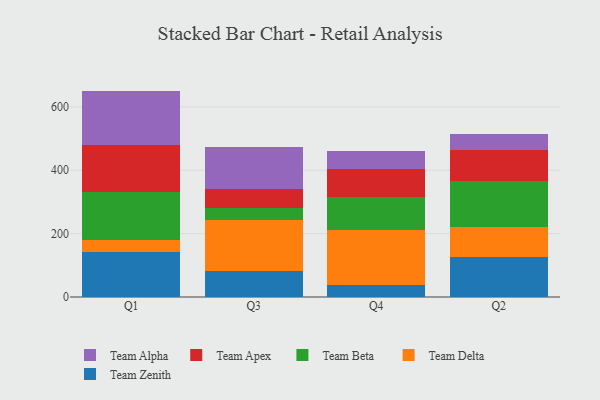
{"axis": {"x": "Quarter", "y": "Population (Million)"}, "legend": ["Team Alpha", "Team Apex", "Team Beta", "Team Delta", "Team Zenith"], "data": [{"x": "Q1", "y": 141.3, "type": "Team Zenith"}, {"x": "Q1", "y": 37.7, "type": "Team Delta"}, {"x": "Q1", "y": 151.5, "type": "Team Beta"}, {"x": "Q1", "y": 149.5, "type": "Team Apex"}, {"x": "Q1", "y": 170.8, "type": "Team Alpha"}, {"x": "Q3", "y": 82.0, "type": "Team Zenith"}, {"x": "Q3", "y": 160.8, "type": "Team Delta"}, {"x": "Q3", "y": 37.3, "type": "Team Beta"}, {"x": "Q3", "y": 59.3, "type": "Team Apex"}, {"x": "Q3", "y": 134.6, "type": "Team Alpha"}, {"x": "Q4", "y": 39.0, "type": "Team Zenith"}, {"x": "Q4", "y": 172.3, "type": "Team Delta"}, {"x": "Q4", "y": 102.9, "type": "Team Beta"}, {"x": "Q4", "y": 88.8, "type": "Team Apex"}, {"x": "Q4", "y": 57.4, "type": "Team Alpha"}, {"x": "Q2", "y": 125.5, "type": "Team Zenith"}, {"x": "Q2", "y": 95.3, "type": "Team Delta"}, {"x": "Q2", "y": 146.0, "type": "Team Beta"}, {"x": "Q2", "y": 97.0, "type": "Team Apex"}, {"x": "Q2", "y": 51.5, "type": "Team Alpha"}]}